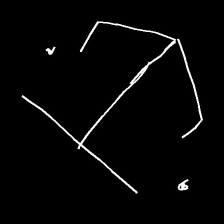
Glyph: earth